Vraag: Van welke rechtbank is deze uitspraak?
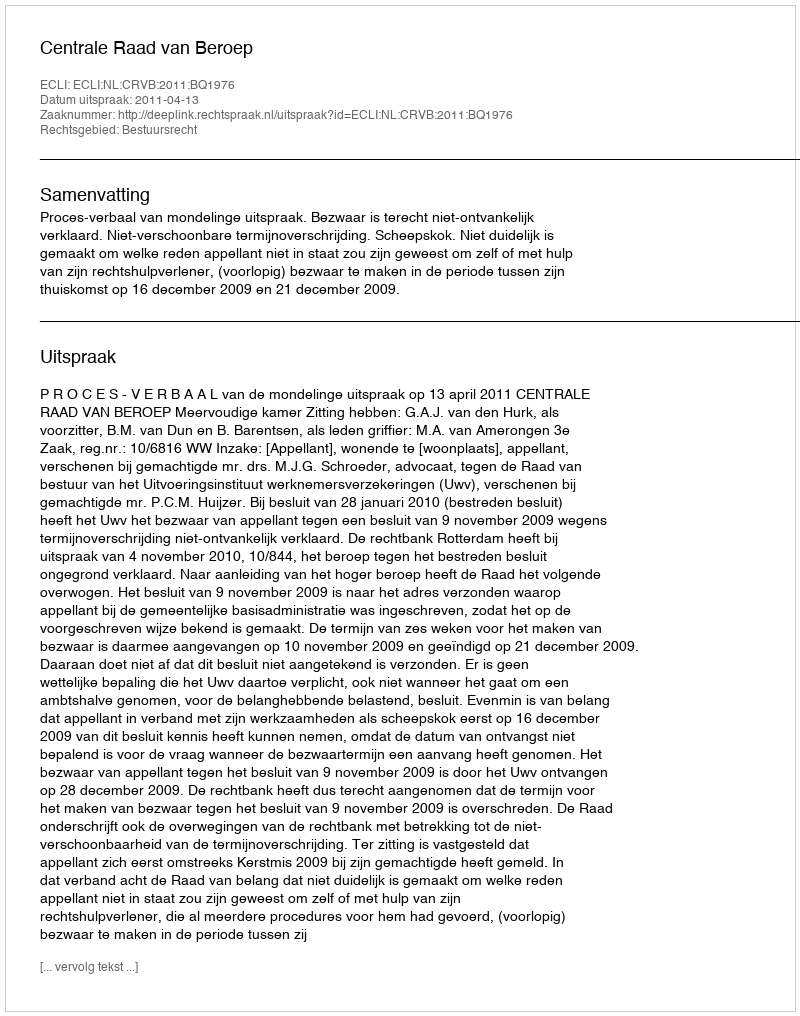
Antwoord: Centrale Raad van Beroep